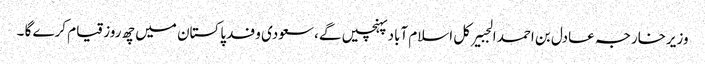
وزیرخارجہ عادل بن احمد الجبیرکل اسلام آباد پہنچیں گے ،سعودی وفد پاکستان میں چھ روز قیام کرے گا ۔